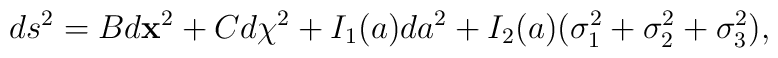
ds^2 = B d{\bf x}^2 + C d\chi^2 + I_1(a) da^2       + I_2(a) (\sigma_1^2 + \sigma_2^2 + \sigma_3^2) ,